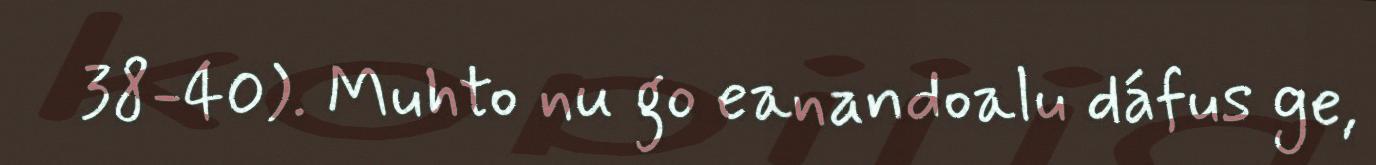
38-40). Muhto nu go eanandoalu dáfus ge,